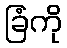
ခြံကို